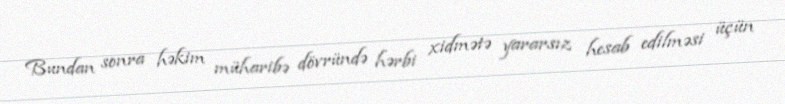
Bundan sonra həkim müharibə dövründə hərbi xidmətə yararsız hesab edilməsi üçün